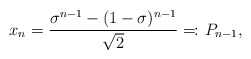
\begin{align*}x_n= \frac{\sigma^{n-1}-(1-\sigma)^{n-1}}{\sqrt{2}}=\!\colon P_{n-1},\end{align*}